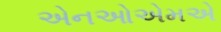
એનઓએમએ